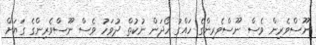
ނޫސްވެރިން ވެސް ނޫސްވެރިންގެ ހައްގު ހޯދަން ނުކުތް ދުވަހު ވެސް ނޫސްވެރިންގެ ގަޔަށް